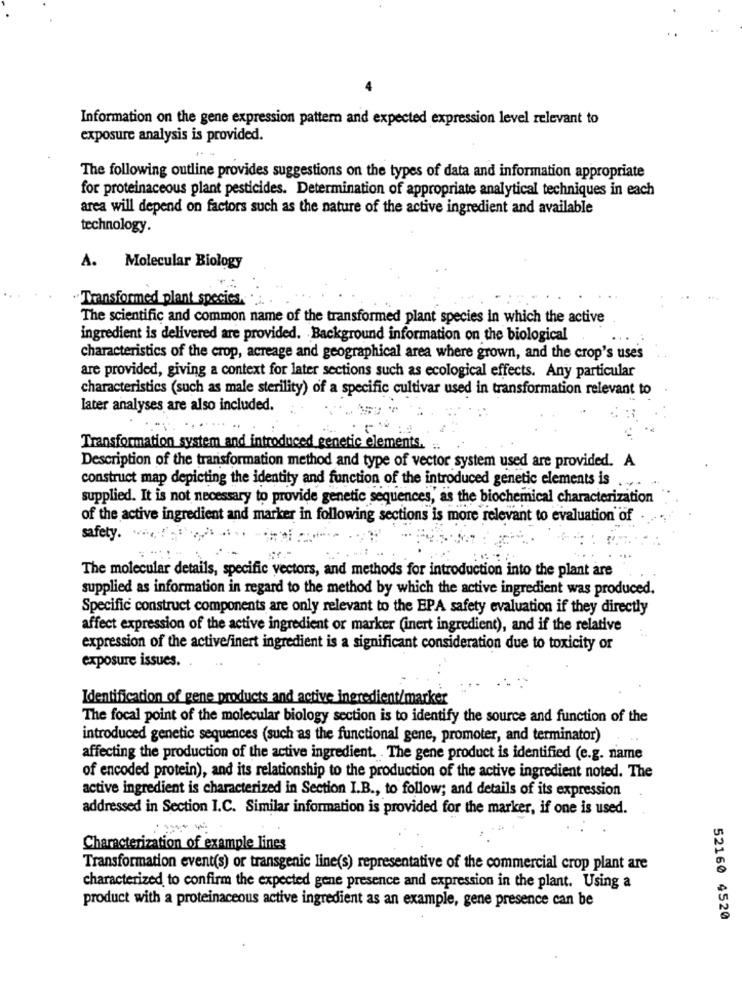
Information on the gene expression pattern and expected expression level relevant to
exposure analysis is provided.
The following outline provides suggestions on the types of data and information appropriate
for proteinaceous plant pesticides. Determination of appropriate analytical techniques in each
area will depend on factors such as the nature of the active ingredient and available
technology.
A. Molecular Biology
Transformed plant species.
The scientific and common name of the transformed plant species in which the active
ingredient is delivered are provided. Background information on the biological
characteristics of the crop, acreage and geographical area where grown, and the crop's uses
are provided, giving a context for later sections such as ecological effects. Any particular
characteristics (such as male sterility) of a specific cultivar used in transformation relevant to
later analyses are also included.
Transformation system and introduced genetic elements. ..
Description of the transformation method and type of vector system used are provided. A
construct map depicting the identity and function of the introduced genetic elements is
supplied. It is not necessary to provide genetic sequences, as the biochemical characterization
of the active ingredient and marker in following sections is more relevant to evaluation of
safety.
The molecular details, specific vectors, and methods for introduction into the plant are
supplied as information in regard to the method by which the active ingredient was produced.
Specific construct components are only relevant to the EPA safety evaluation if they directly
affect expression of the active ingredient or marker (inert ingredient), and if the relative
expression of the active/inert ingredient is a significant consideration due to toxicity or
exposure issues.
Identification of gene products and active ingredient/marker
The focal point of the molecular biology section is to identify the source and function of the
introduced genetic sequences (such as the functional gene, promoter, and terminator)
affecting the production of the active ingredient. The gene product is identified (e.g. name
of encoded protein), and its relationship to the production of the active ingredient noted. The
active ingredient is characterized in Section I.B ., to follow; and details of its expression
addressed in Section I.C. Similar information is provided for the marker, if one is used.
Characterization of example lines
Transformation event(s) or transgenic line(s) representative of the commercial crop plant are
characterized to confirm the expected gene presence and expression in the plant. Using a
product with a proteinaceous active ingredient as an example, gene presence can be
52160 4520